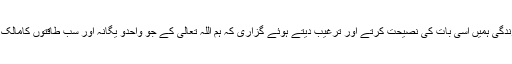
حضرت مسیح موعود علیہ السلام نے اپنی ساری زندگی ہمیں اسی بات کی نصیحت کرتے اور ترغیب دیتے ہوئے گزاری کہ ہم اللہ تعالیٰ کے جو واحدو یگانہ اور سب طاقتوں کامالک ہے فرمانبردار ہوتے ہوئے اسی کے آگے جھکیں۔